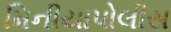
મિનીયાપોલીસ